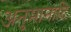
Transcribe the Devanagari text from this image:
अनुमानादि